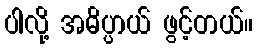
ပါလို့ အဓိပ္ပာယ် ဖွင့်တယ်။